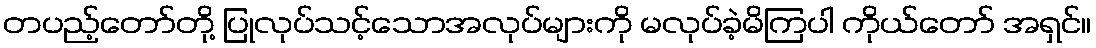
တပည့်တော်တို့ ပြုလုပ်သင့်သောအလုပ်များကို မလုပ်ခဲ့မိကြပါ ကိုယ်တော် အရှင်။